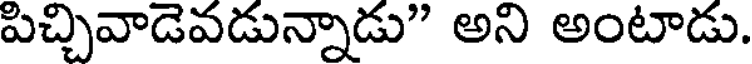
పిచ్చివాడెవడున్నాడు" అని అంటాడు.